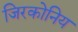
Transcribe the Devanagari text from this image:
जिरकोनिय